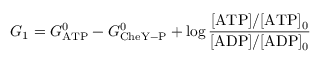
G _ { 1 } = G _ { \mathrm { A T P } } ^ { 0 } - G _ { \mathrm { C h e Y - P } } ^ { 0 } + \log \frac { [ \mathrm { A T P } ] / [ \mathrm { A T P } ] _ { 0 } } { [ \mathrm { A D P } ] / [ \mathrm { A D P } ] _ { 0 } }